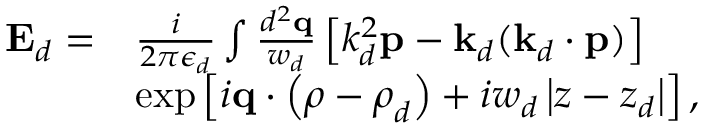
\begin{array} { r l } { \mathbf { E } _ { d } = } & { \frac { i } { 2 \pi \epsilon _ { d } } \int \frac { d ^ { 2 } \mathbf { q } } { w _ { d } } \left[ k _ { d } ^ { 2 } \mathbf { p } - \mathbf { k } _ { d } ( \mathbf { k } _ { d } \cdot \mathbf { p } ) \right] } \\ & { \exp \left[ i \mathbf { q } \cdot \left( \boldsymbol { \rho } - \boldsymbol { \rho } _ { d } \right) + i w _ { d } \left\vert z - z _ { d } \right\vert \right] , } \end{array}